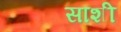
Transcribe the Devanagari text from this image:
साशी